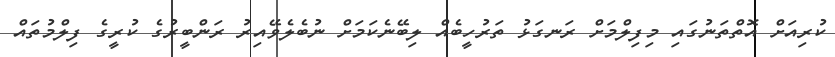
ކުރިއަށް އޮތްތަނުގައި މިފިލްމަށް ރަނގަޅު ތަރުހީބެއް ލިބޭނެކަމަށް ނުބެލެވޭއިރު ރަންބީރުގެ ކުރީގެ ފިލްމުތައް